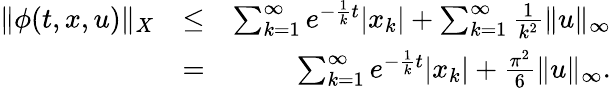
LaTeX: \begin{array}{rlr}{\| \phi(t,x,u)\| _{X}}&{\leq}&{\sum_{k=1}^{\infty}e^{-\frac{1}{k}t}|x_{k}|+\sum_{k=1}^{\infty}\frac{1}{k^{2}}\| u\| _{\infty}}\\ &{=}&{\sum_{k=1}^{\infty}e^{-\frac{1}{k}t}|x_{k}|+\frac{\pi^{2}}{6}\| u\| _{\infty}.}\end{array}